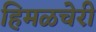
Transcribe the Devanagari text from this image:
हिमळचेरी